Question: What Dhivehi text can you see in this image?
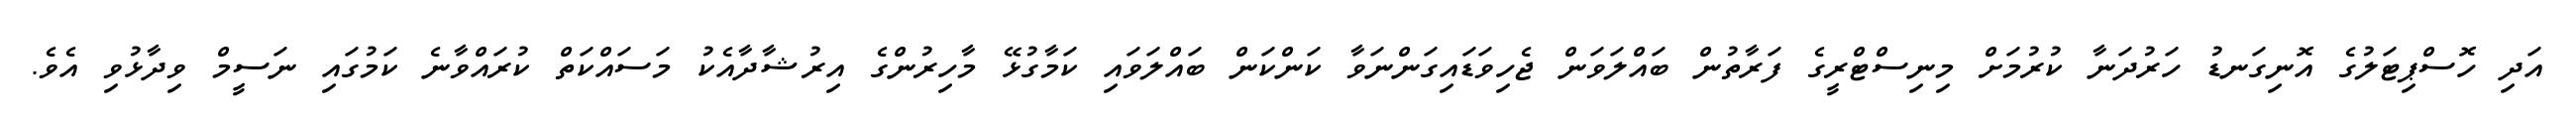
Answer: އަދި ހޮސްޕިޓަލުގެ އޮނިގަނޑު ހަރުދަނާ ކުރުމަށް މިނިސްޓްރީގެ ފަރާތުން ބައްލަވަން ޖެހިވަޑައިގަންނަވާ ކަންކަން ބައްލަވައި ކަމާގުޅޭ މާހިރުންގެ އިރުޝާދާއެކު މަސައްކަތް ކުރައްވާނެ ކަމުގައި ނަސީމް ވިދާޅުވި އެވެ.